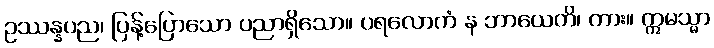
ဥဿန္နပည၊ ပြန့်ပြောသော ပညာရှိသော။ ပရလောကံ န ဘာယေတိ၊ ကား။ ဣမသ္မာ